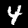
Label: 4